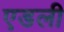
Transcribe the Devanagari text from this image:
एडली